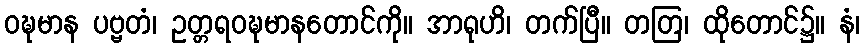
ဝဍ္ဎမာန ပဗ္ဗတံ၊ ဥတ္တရဝဍ္ဎမာနတောင်ကို။ အာရုဟိ၊ တက်ပြီ။ တတြ၊ ထိုတောင်၌။ နံ၊